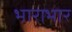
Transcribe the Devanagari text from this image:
भाराभार